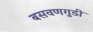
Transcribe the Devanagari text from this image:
बसवणगुडी